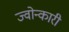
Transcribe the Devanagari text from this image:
ज्वोन्कारी